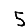
Digit: 5